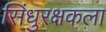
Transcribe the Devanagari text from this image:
सिंधुरक्षकला